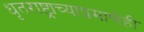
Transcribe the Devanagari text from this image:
धृतराष्ट्राच्याप्रमाणेही